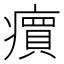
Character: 𬏽